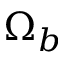
\Omega _ { b }